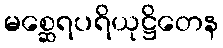
မစ္ဆေရပရိယုဋ္ဌိတေန